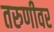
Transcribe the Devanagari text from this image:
तरुणीवर